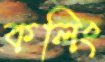
কলিং